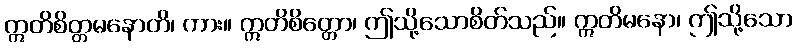
ဣတိစိတ္တမနောတိ၊ ကား။ ဣတိစိတ္တော၊ ဤသို့သောစိတ်သည်။ ဣတိမနော၊ ဤသို့သော